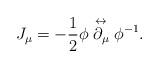
LaTeX: \begin{align*}J_{\mu}=-\frac{1}{2}\phi\stackrel{\leftrightarrow}{\partial_{\mu}}\phi^{-1}.\end{align*}